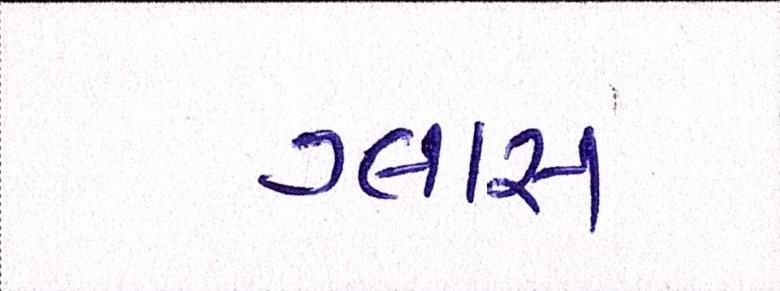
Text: ગ્લાસ